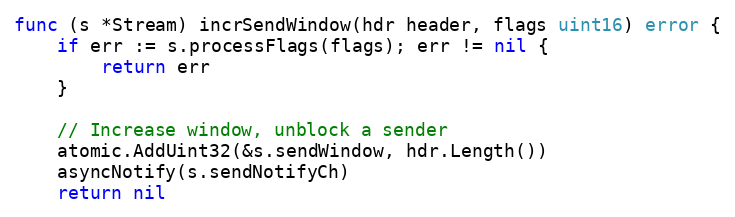
Language: Go
func (s *Stream) incrSendWindow(hdr header, flags uint16) error {
	if err := s.processFlags(flags); err != nil {
		return err
	}

	// Increase window, unblock a sender
	atomic.AddUint32(&s.sendWindow, hdr.Length())
	asyncNotify(s.sendNotifyCh)
	return nil